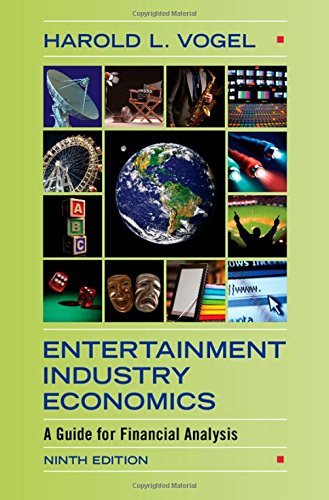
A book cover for Entertainment Industry Economics: A Guide for Financial Analysis; Harold L. Vogel; Business & Money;